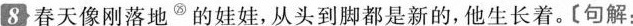
8春天像刚落地^{㉕}的娃娃,从头脚都是新的,他生长着。[句解: